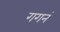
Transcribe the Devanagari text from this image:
गगनं